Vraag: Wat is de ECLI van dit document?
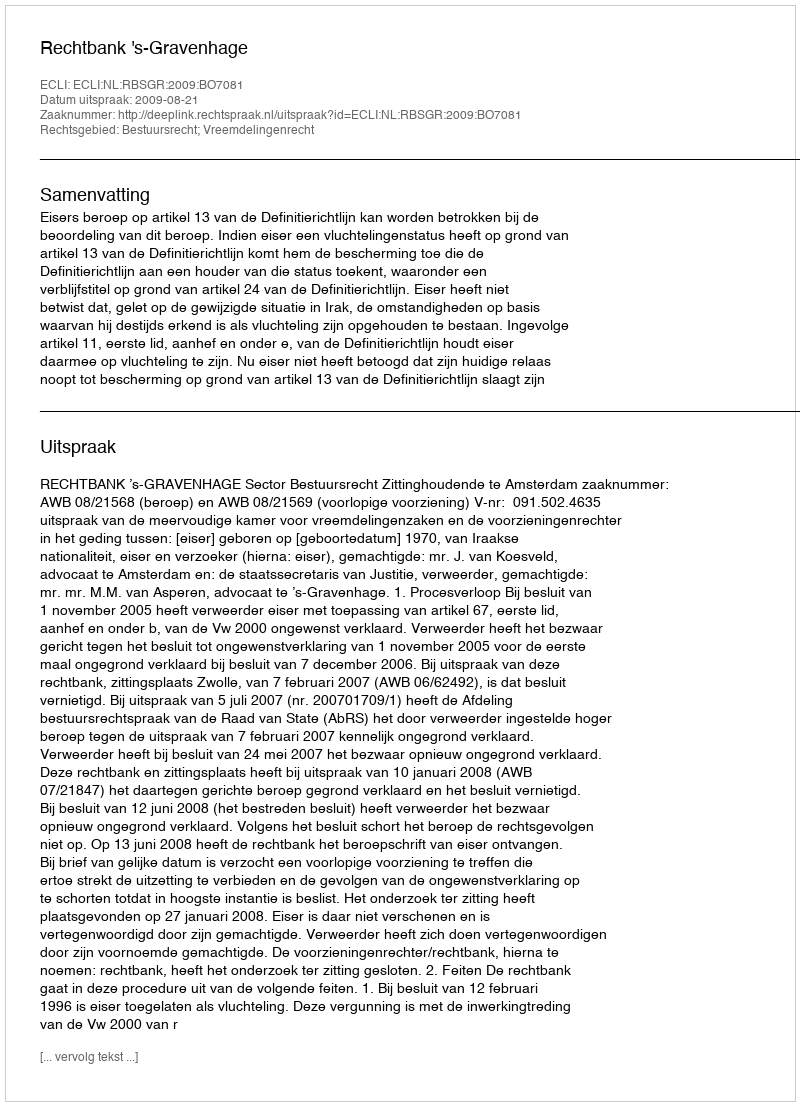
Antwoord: ECLI:NL:RBSGR:2009:BO7081